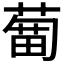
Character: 𦹣